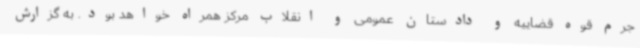
جرم قوه قضاییه و دادستان عمومی و انقلاب مرکز همراه خواهد بود. به گزارش